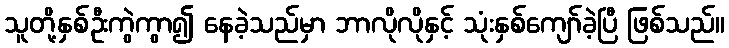
သူတို့နှစ်ဦးကွဲကွာ၍ နေခဲ့သည်မှာ ဘာလိုလိုနှင့် သုံးနှစ်ကျော်ခဲ့ပြီ ဖြစ်သည်။